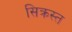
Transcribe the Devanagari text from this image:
सिक्रस्त